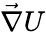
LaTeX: \vec{\nabla}U